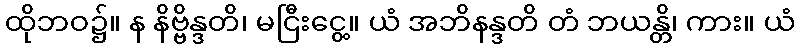
ထိုဘဝ၌။ န နိဗ္ဗိန္ဒတိ၊ မငြီးငွေ့။ ယံ အဘိနန္ဒတိ တံ ဘယန္တိ၊ ကား။ ယံ